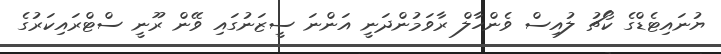
ޔުނައިޓެޑްގެ ކޯޗު ލުއިސް ވެންހާލް ރާވަމުންދަނީ އަންނަ ސީޒަނުގައި ވޭން ރޫނީ ސްޓްރައިކަރުގެ